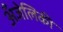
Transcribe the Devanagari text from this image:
अँजेलिकी